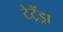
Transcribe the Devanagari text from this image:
टेट्रैंड्रा